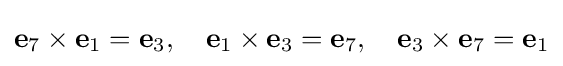
\mathbf {e} _{7}\times \mathbf {e} _{1}=\mathbf {e} _{3},\quad \mathbf {e} _{1}\times \mathbf {e} _{3}=\mathbf {e} _{7},\quad \mathbf {e} _{3}\times \mathbf {e} _{7}=\mathbf {e} _{1}